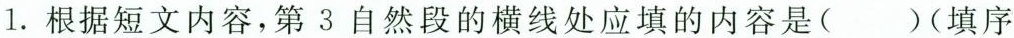
1.根据短文内容，第3自然段的横线处应填的内容是（）(填序